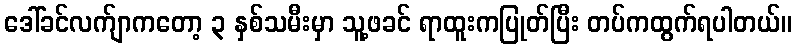
ဒေါ်ခင်လက်ျာကတော့ ၃ နှစ်သမီးမှာ သူ့ဖခင် ရာထူးကပြုတ်ပြီး တပ်ကထွက်ရပါတယ်။